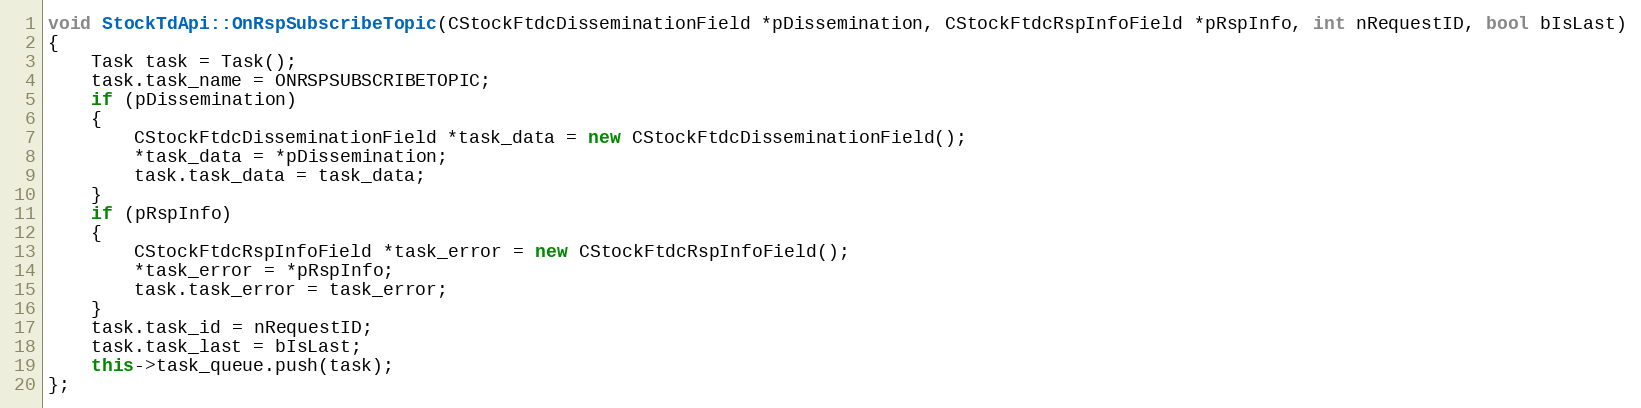
Language: C++
void StockTdApi::OnRspSubscribeTopic(CStockFtdcDisseminationField *pDissemination, CStockFtdcRspInfoField *pRspInfo, int nRequestID, bool bIsLast)
{
	Task task = Task();
	task.task_name = ONRSPSUBSCRIBETOPIC;
	if (pDissemination)
	{
		CStockFtdcDisseminationField *task_data = new CStockFtdcDisseminationField();
		*task_data = *pDissemination;
		task.task_data = task_data;
	}
	if (pRspInfo)
	{
		CStockFtdcRspInfoField *task_error = new CStockFtdcRspInfoField();
		*task_error = *pRspInfo;
		task.task_error = task_error;
	}
	task.task_id = nRequestID;
	task.task_last = bIsLast;
	this->task_queue.push(task);
};